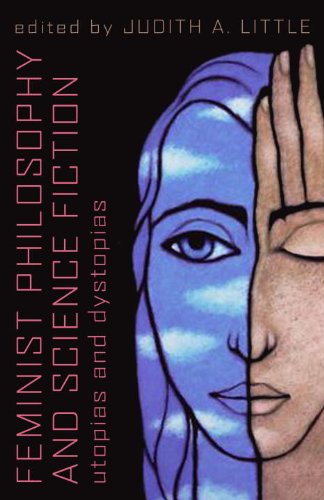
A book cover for Feminist Philosophy And Science Fiction: Utopias And Dystopias; Science Fiction & Fantasy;